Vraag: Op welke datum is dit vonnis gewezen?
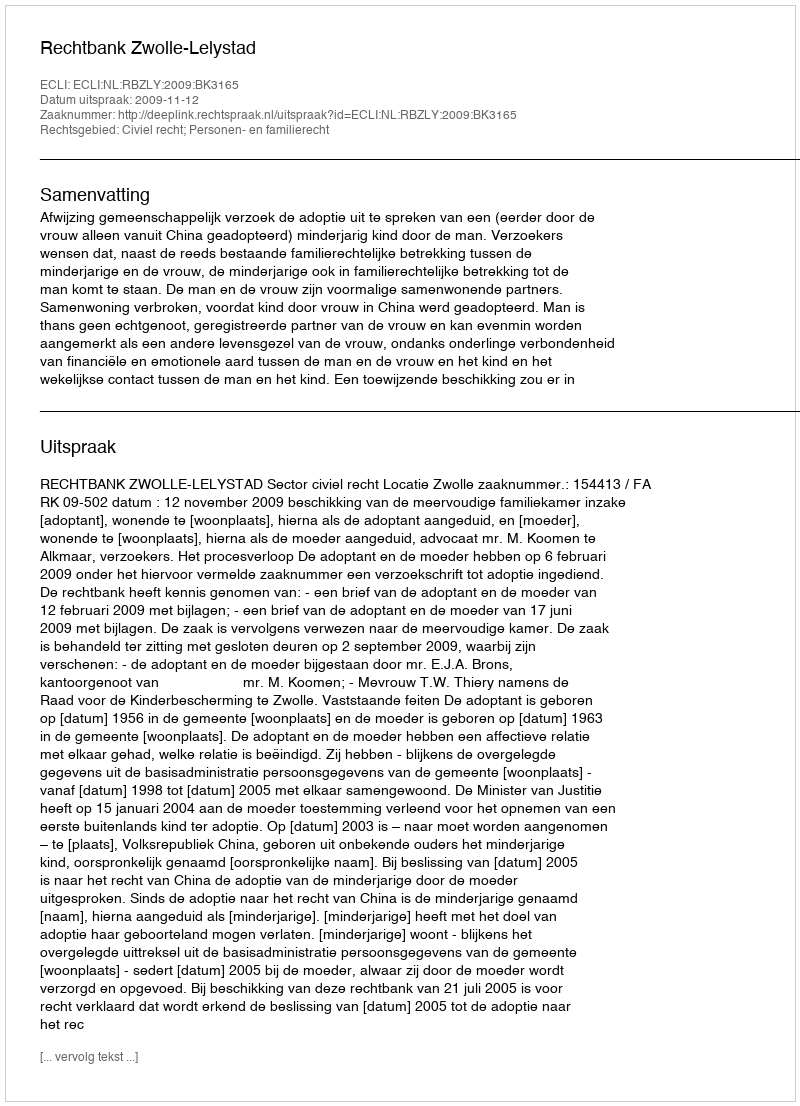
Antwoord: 2009-11-12